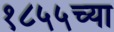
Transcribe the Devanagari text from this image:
१८५५च्या